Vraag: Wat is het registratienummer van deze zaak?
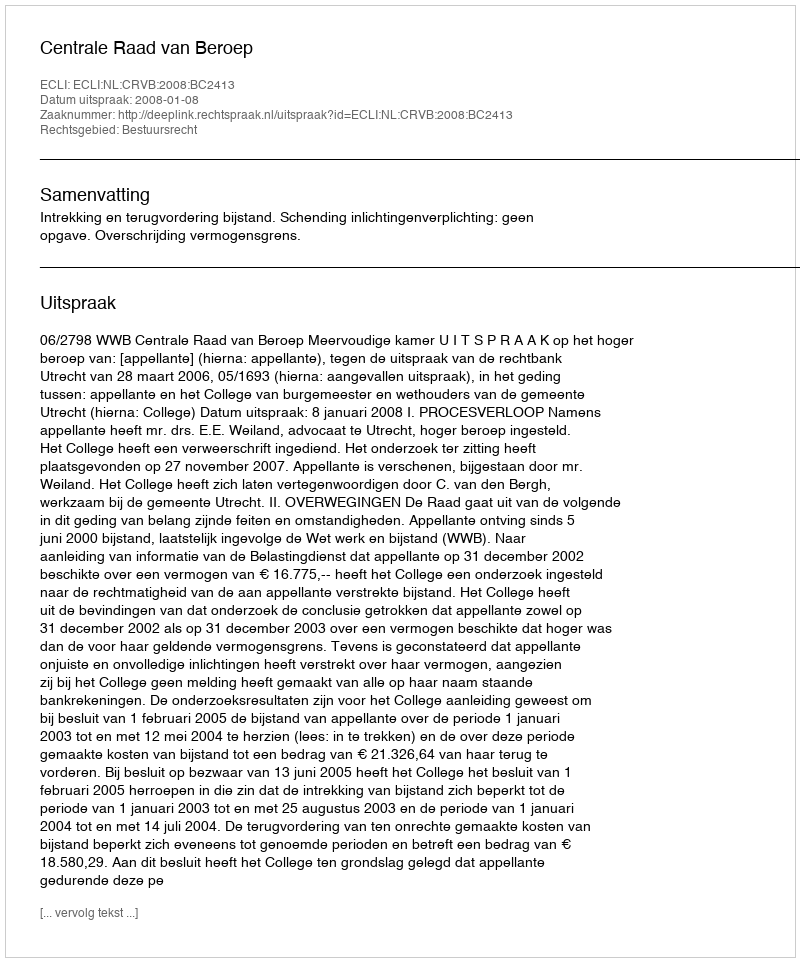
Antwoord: http://deeplink.rechtspraak.nl/uitspraak?id=ECLI:NL:CRVB:2008:BC2413